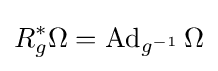
R_{g}^{*}\Omega =\operatorname {Ad} _{g^{-1}}\Omega